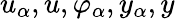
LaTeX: u_{\alpha},u,\varphi_{\alpha},y_{\alpha},y